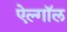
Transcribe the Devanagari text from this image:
ऐल्गॉल